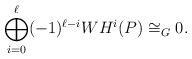
LaTeX: \begin{align*} \bigoplus_{i=0}^{\ell}(-1)^{\ell-i}WH^i(P)\cong_{G}0.\end{align*}